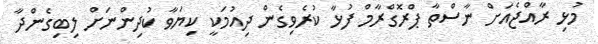
މުޅި ރާއްޖެއަށް ނާސްތާ ޕްރޮގްރާމް ފުޅާ ކުރެވިގެން ދިއުމަކީ ކިޔަވާ ކުދިންނަށް ލިބިގެންދާ